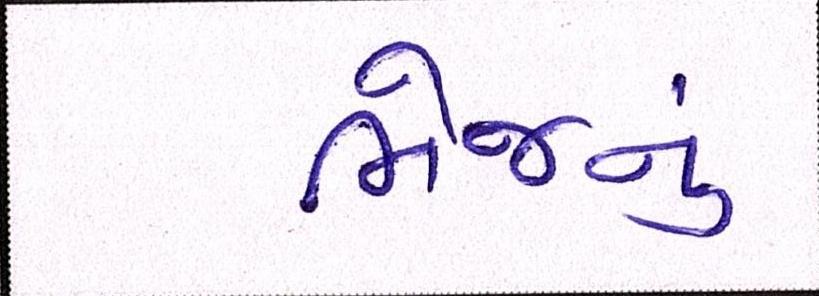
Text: ભેજનું